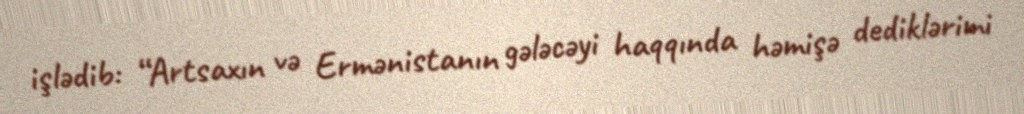
işlədib: “Artsaxın və Ermənistanın gələcəyi haqqında həmişə dediklərimi